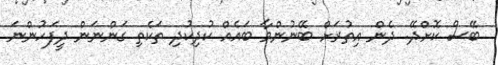
ބޭސް ކޮށްދޭ. ދެން އިތުރަށް ބޭނުންވާ ބައެއް ކުދިކުދި ތަކެތި ގަންނަން ދީފަހުންނަ